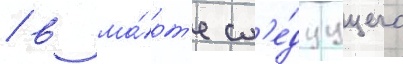
/ в ма́рт'е сл'е́дуущего